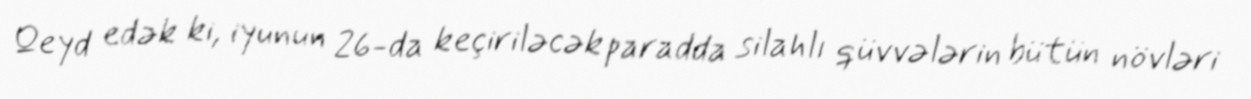
Qeyd edək ki, iyunun 26-da keçiriləcək paradda silahlı qüvvələrin bütün növləri